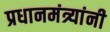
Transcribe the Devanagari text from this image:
प्रधानमंत्र्यांनी